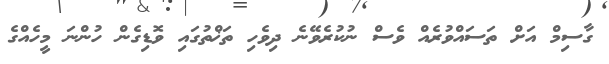
ގާސިމް އަށް ތަސައްވުރެއް ވެސް ނުކުރެވޭނެ ދިވެހި ތަޚްތުގައި ވޮޑިގެން ހުންނަ މީހެއްގެ